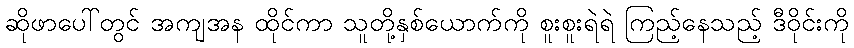
ဆိုဖာပေါ်တွင် အကျအန ထိုင်ကာ သူတို့နှစ်ယောက်ကို စူးစူးရဲရဲ ကြည့်နေသည့် ဒီဝိုင်းကို